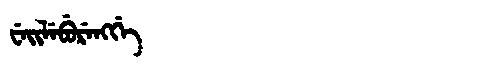
Manchu: ᠸᡝᡳᠯᡝᠪᡠᡵᡝᠩᡤᡝ
Romanization: WEILEBURENGGE